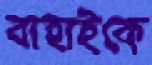
বাহাইকে